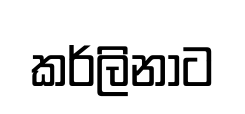
කර්ලිනාට